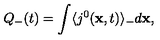
Q _ { - } ( t ) = \int \langle j ^ { 0 } ( { \bf x } , t ) \rangle _ { - } d { \bf x } ,